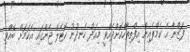
ފަޒްނާ އެ ކެމްޕެއިން އިފްތިތާހްކޮށްދެއްވީ މިއަދު ހެނދުނު ހޮޓެލް ޖެންގައި އެކަމަށް ބޭއްވި